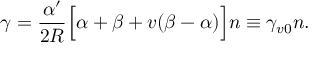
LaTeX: \gamma = \frac { \alpha ^ { \prime } } { 2 R } \Big [ \alpha + \beta + v ( \beta - \alpha ) \Big ] n \equiv \gamma _ { v 0 } n .